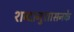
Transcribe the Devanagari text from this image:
शब्दानुशासनके